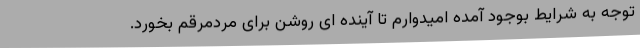
توجه به شرایط بوجود آمده امیدوارم تا آینده ای روشن برای مردمرقم بخورد.